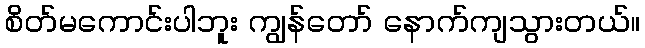
စိတ်မကောင်းပါဘူး ကျွန်တော် နောက်ကျသွားတယ်။